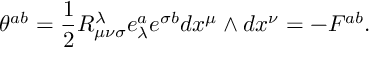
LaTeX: \theta ^ { a b } = \frac 1 2 R _ { \mu \nu \sigma } ^ { \lambda } e _ { \lambda } ^ { a } e ^ { \sigma b } d x ^ { \mu } \wedge d x ^ { \nu } = - F ^ { a b } .